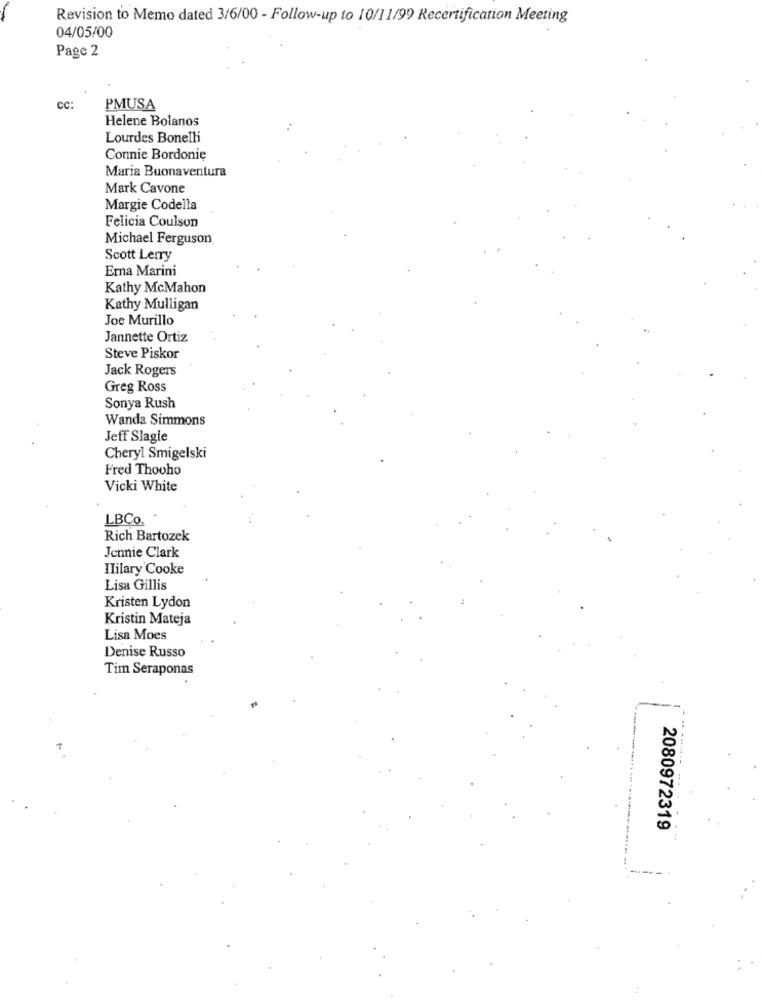
Revision to Memo dated 3/6/00 - Follow-up to 10/11/99 Recertification Meeting
04/05/00
Page 2
CC:
PMUSA
Helene Bolanos
Lourdes Bonelli
Connie Bordonie
Maria Buonaventura
Mark Cavone
Margie Codella
Felicia Coulson
Michael Ferguson
Scott Lerry
Ema Marini
Kathy McMahon
Kathy Mulligan
Joe Murillo
Jannette Ortiz
Steve Piskor
Jack Rogers
Greg Ross
Sonya Rush
Wanda Simmons
Jeff Slagle
Cheryl Smigelski
Fred Thooho
Vicki White
LBCo.
Rich Bartozek
Jennie Clark
Hilary Cooke
Lisa Gillis
Kristen Lydon
Kristin Mateja
Lisa Moes
Denise Russo
Tim Seraponas
2080972319